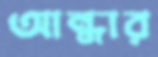
আন্ধার